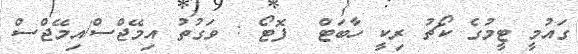
ގައުމީ ޓީމުގެ ކޯޗު ރިކީ ހާބަޓް  ފޮޓޯ : ވަގުތު އިމޭޖްސް/އިމޭޖްސް